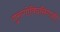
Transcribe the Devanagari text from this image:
गुरुगोविंदसिंगजी